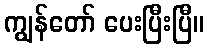
ကျွန်တော် ပေးပြီးပြီ။